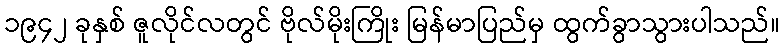
၁၉၄၂ ခုနှစ် ဇူလိုင်လတွင် ဗိုလ်မိုးကြိုး မြန်မာပြည်မှ ထွက်ခွာသွားပါသည်။